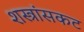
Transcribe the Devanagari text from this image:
शस्त्रांसकट